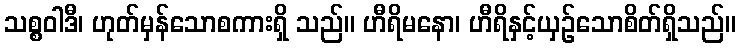
သစ္စဝါဒီ၊ ဟုတ်မှန်သောစကားရှိ သည်။ ဟီရိမနော၊ ဟီရိနှင့်ယှဉ်သောစိတ်ရှိသည်။